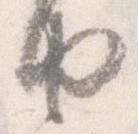
由